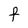
Character: F